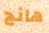
هانج